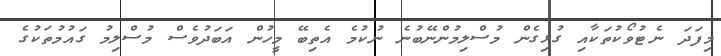
މިފަދަ ނެޓުވޯކުތަކާއި ގުޅިގެން މުސްލިމުންނޭބުނެ ނުކުމެ އެތިބޭ މީހުން އަބަދުވެސް މުސްލިމު ގައުމުތަކުގެ